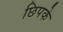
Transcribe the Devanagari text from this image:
छिपके